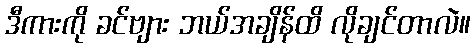
ဒီကားကို ခင်ဗျား ဘယ်အချိန်ထိ လိုချင်တာလဲ။